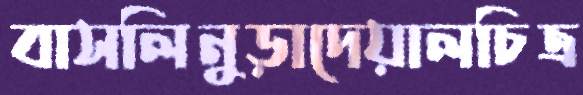
বাসলিনুড়াদেয়ালচিত্র